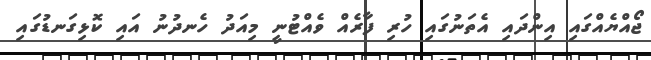
ޖޯއްޔެއްގައި އިންދައި އެތަނުގައި ހުރި ފާރެއް ވެއްޓުނީ މިއަދު ހެނދުނު އައި ކޮޅިގަނޑުގައި